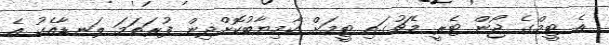
އެ ޓީމްގެ ޖޯން ޓެރީ މެޗުގައި ޓީމަށް ކާމިޔާބުކޮށްދިން ފުރަތަމަ ލަނޑާއެކު އެ